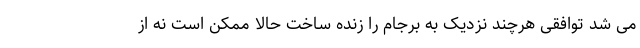
می شد توافقی هرچند نزدیک به برجام را زنده ساخت حالا ممکن است نه از